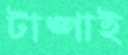
টাঙ্গাই